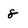
Character: 8